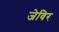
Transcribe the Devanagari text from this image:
जेविर